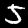
Digit: 5